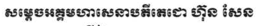
សម្តេចអគ្គមហាសេនាបតីតេជោ ហ៊ុន សែន